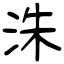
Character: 洙